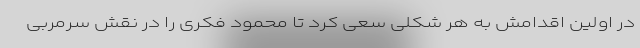
در اولین اقدامش به هر شکلی سعی کرد تا محمود فکری را در نقش سرمربی